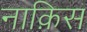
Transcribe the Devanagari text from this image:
नाक़िस